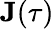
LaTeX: \mathbf{J}(\tau)